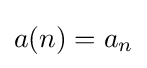
a(n)=a_{n}